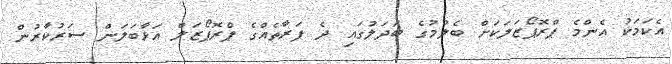
އެކަމަކު އެންމެ ޕްރޮޕޯޒަލަކަށް ބެލުމުގެ ބަދަލުގައި ދެ ފަރާތެއްގެ ޕްރޮޕޯޒަލް އަޅާބަލަން ސަރުކާރުން